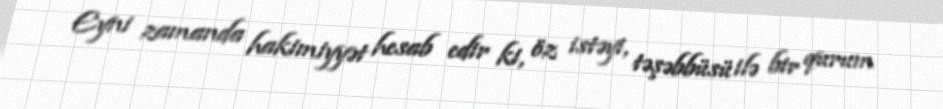
Eyni zamanda hakimiyyət hesab edir ki, öz istəyi, təşəbbüsü ilə bir qurum